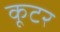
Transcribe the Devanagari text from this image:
कूटर